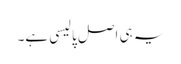
یہ ہی اصل پالیسی ہے۔